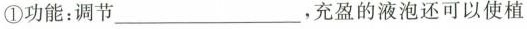
①功能：调节___，充盈的液泡还可以使植